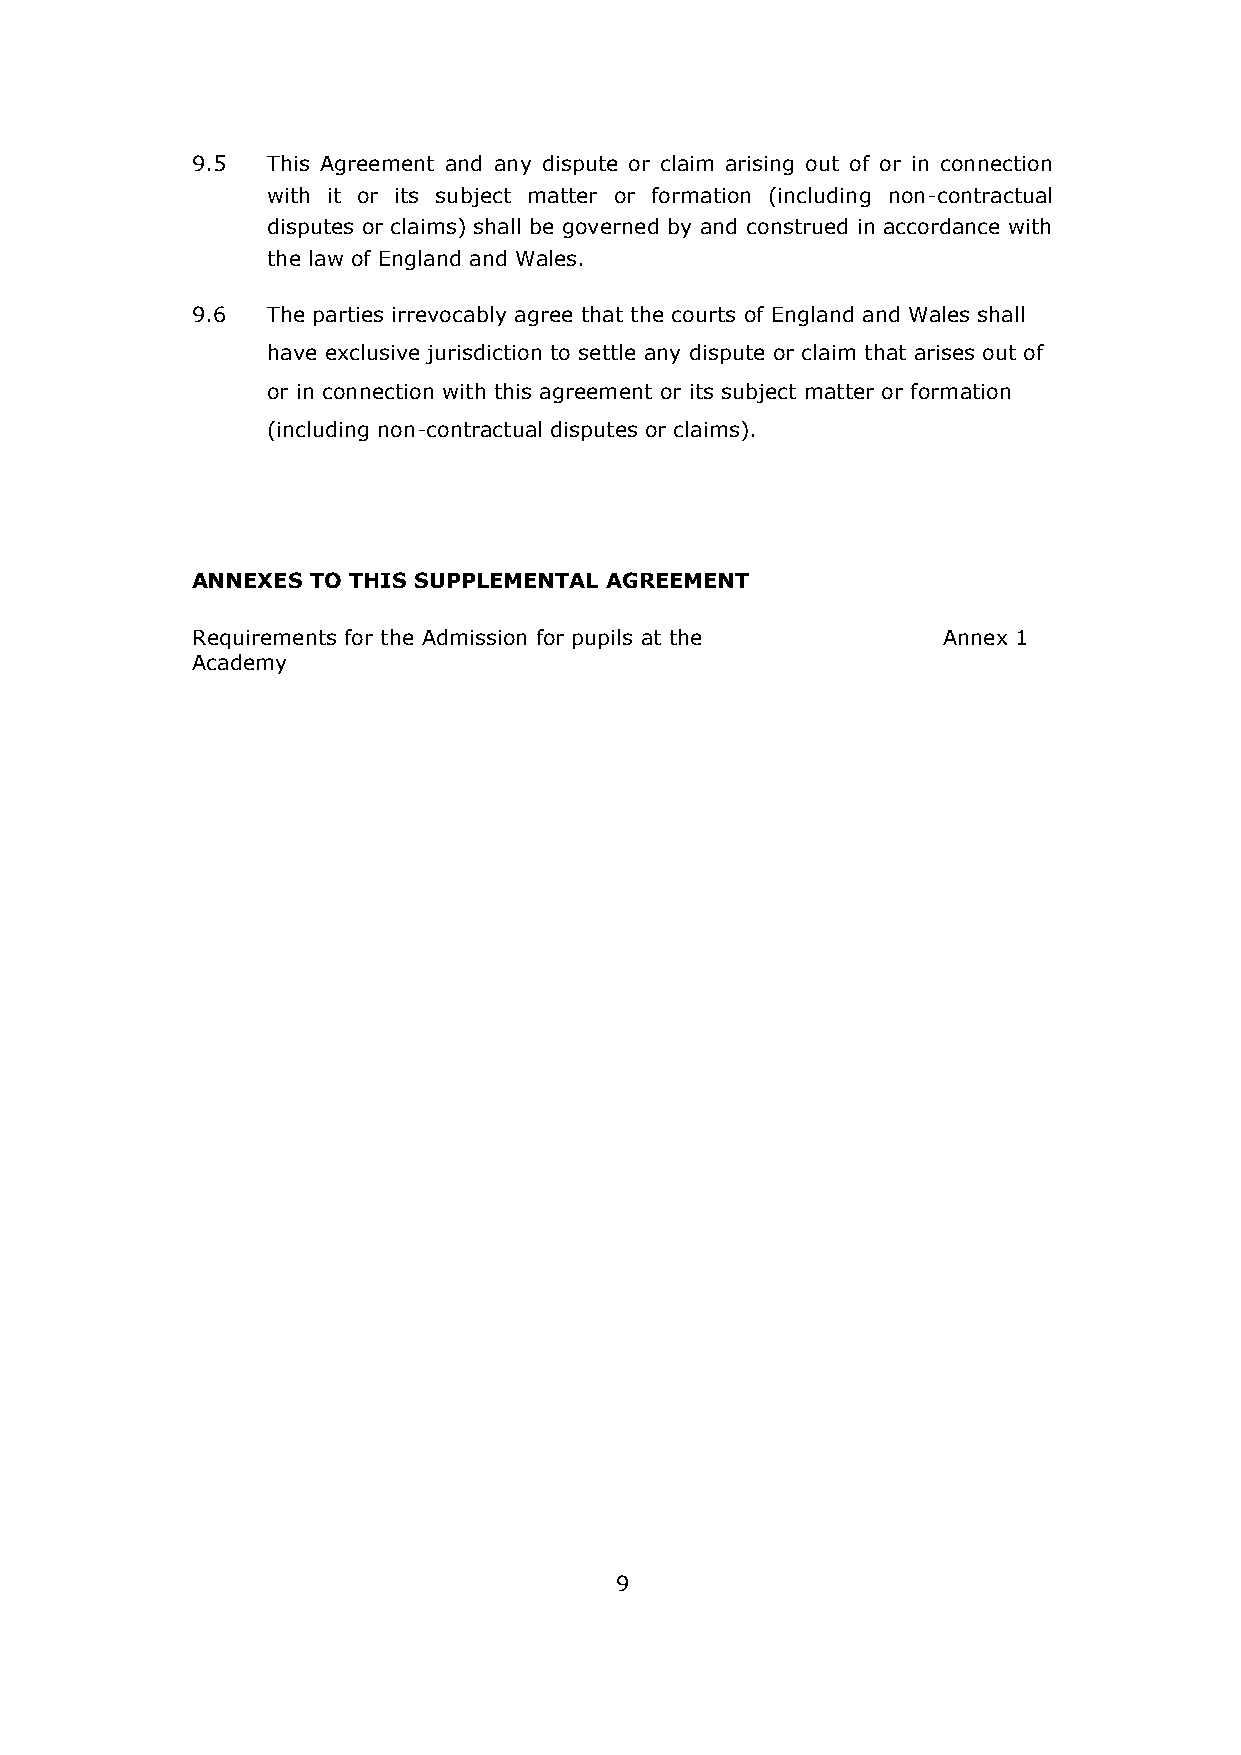
9.5  This Agreement and any dispute or claim arising out of or in connection
 with it or its subject matter or formation (including non-contractual
 disputes or claims) shall be governed by and construed in accordance with
 the law of England and Wales.
 9.6  The parties irrevocably agree that the courts of England and Wales shall
 have exclusive jurisdiction to settle any dispute or claim that arises out of
 or in connection with this agreement or its subject matter or formation
 (including non-contractual disputes or claims).
 ANNEXES TO THIS SUPPLEMENTAL AGREEMENT
 Requirements for the Admission for pupils at the Annex 1
 Academy
 9